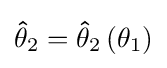
{\textstyle \mathbf {\hat {\theta }} _{2}=\mathbf {\hat {\theta }} _{2}\left(\mathbf {\theta } _{1}\right)}